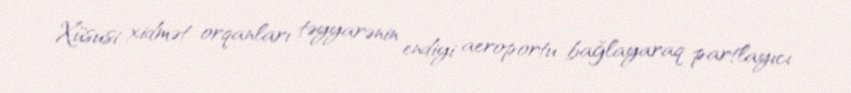
Xüsusi xidmət orqanları təyyarənin endiyi aeroportu bağlayaraq partlayıcı